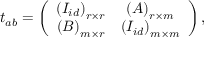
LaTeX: t _ { a b } = \left( \begin{array} { c c } { { \left( I _ { i d } \right) _ { r \times r } } } & { { \left( A \right) _ { r \times m } } } \\ { { \left( B \right) _ { m \times r } } } & { { \left( I _ { i d } \right) _ { m \times m } } } \end{array} \right) ,